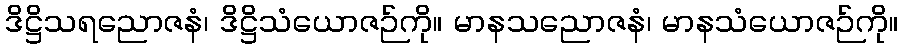
ဒိဋ္ဌိသရညောဇနံ၊ ဒိဋ္ဌိသံယောဇဉ်ကို။ မာနသညောဇနံ၊ မာနသံယောဇဉ်ကို။